Civil Veterinary Department. Madras. Admin. report 1926-33 - 1926-1933
Year: 1926
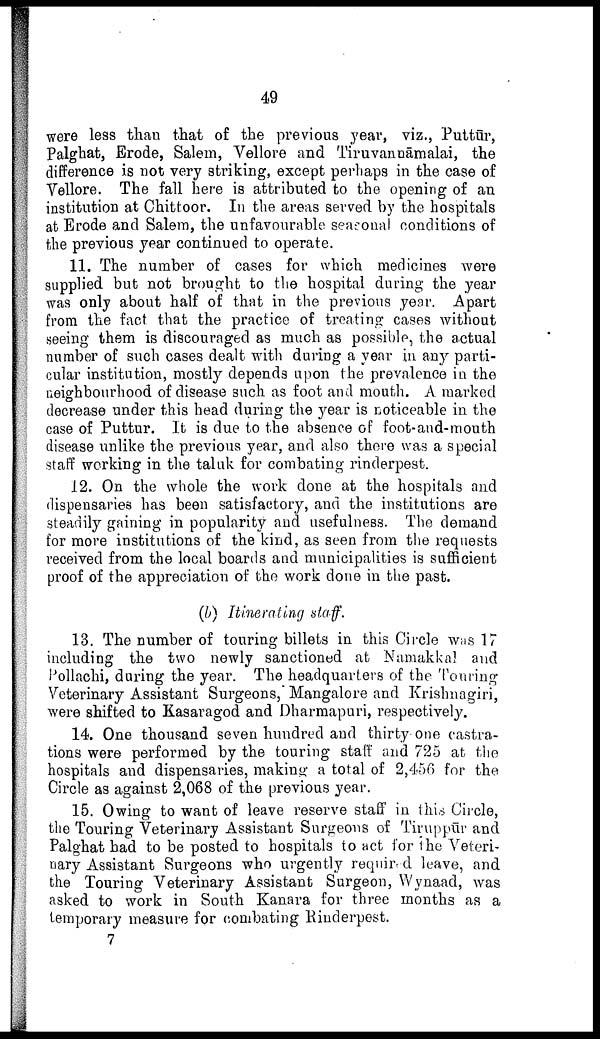
49
were less than that of the previous year, viz., Puttūr,
Palghat, Erode, Salem, Vellore and Tiruvancāmalai, the
difference is not very striking, except perhaps in the case of
Vellore. The fall here is attributed to the opening of an
institution at Chittoor. In the areas served by the hospitals
at Erode and Salem, the unfavourable seasonal conditions of
the previous year continued to operate.
11. The number of cases for which medicines were
supplied but not brought to the hospital during the year
was only about half of that in the previous year. Apart
from the fact that the practice of treating cases without
seeing them is discouraged as much as possible, the actual
number of such cases dealt with during a year in any parti
cular institution, mostly depends upon the prevalence in the
neighbourhood of disease such as foot and mouth. A marked
decrease under this head during the year is noticeable in the
case of Puttur. It is due to the absence of foot-and-mouth
disease unlike the previous year, and also there was a special
staff working in the taluk for combating rinderpest.
12. On the whole the work done at the hospitals and
dispensaries has been satisfactory, and the institutions are
steadily gaining in popularity and usefulness. The demand
for more institutions of the kind, as seen from the requests
received from the local boards and municipalities is sufficient
proof of the appreciation of the work done in the past.
(b) Itinerating staff.
13. The number of touring billets in this Circle was 17
including the two newly sanctioned at Namakkal and
Pollachi, during the year. The headquarters of the Touring
Veterinary Assistant Surgeons, Mangalore and Krishnagiri,
were shifted to Kasaragod and Dharmapuri, respectively.
14. One thousand seven hundred and thirty one castra
tions were performed by the touring staff and 725 at the
hospitals and dispensaries, making a total of 2,456 for the
Circle as against 2,068 of the previous year.
15. Owing to want of leave reserve staff in this Circle,
the Touring Veterinary Assistant Surgeons of Tiruppur and
Palghat had to be posted to hospitals to act for the Veteri
nary Assistant Surgeons who urgently required leave, and
the Touring Veterinary Assistant Surgeon, Wynaad, was
asked to work in South Kanara for three months as a
temporary measure for combating Rinderpest.
7